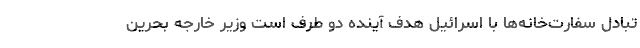
تبادل سفارت‌خانه‌ها با اسرائیل هدف آینده دو طرف است وزیر خارجه بحرین